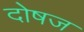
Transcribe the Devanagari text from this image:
दोषज